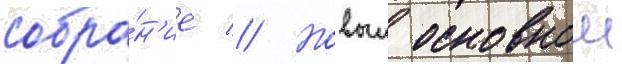
собра́н'ие // Новыи основнои